Vaccination in Bombay 1874-1876 - 1874-1876
Year: 1874
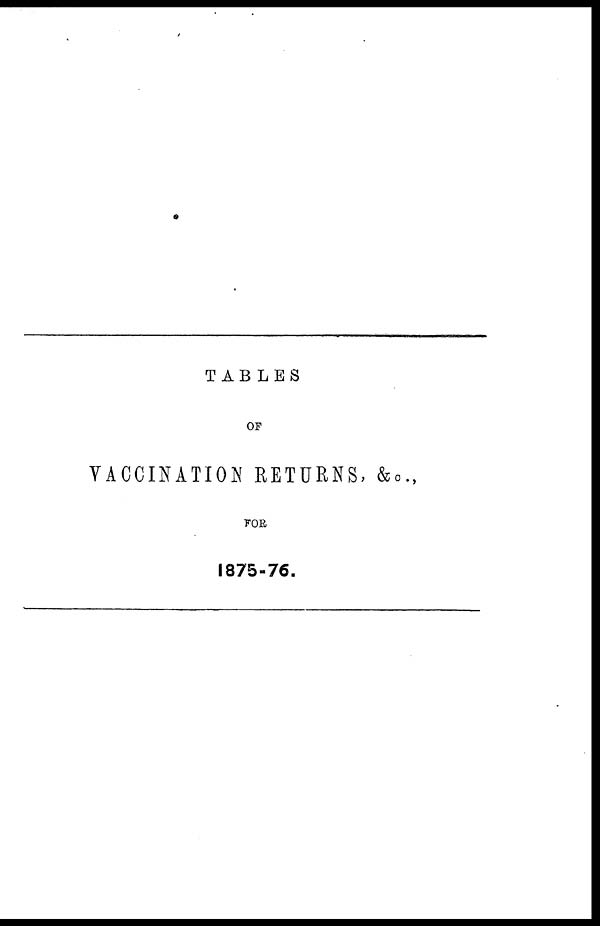
TABLES
OF
VACCINATION RETURNS, &c.,
FOR
1875-76.